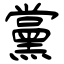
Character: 黨